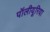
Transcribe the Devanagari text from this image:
पॉलीयूरिया